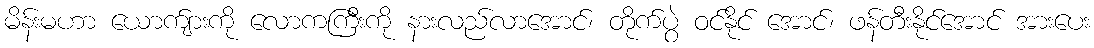
မိန်းမဟာ ယောက်ျားကို လောကကြီးကို နားလည်လာအောင်၊ တိုက်ပွဲ ဝင်နိုင် အောင်၊ ဖန်တီးနိုင်အောင် အားပေး